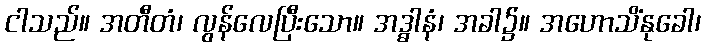
ငါသည်။ အတီတံ၊ လွန်လေပြီးသော။ အဒ္ဓါနံ၊ အခါ၌။ အဟောသိံနုခေါ၊